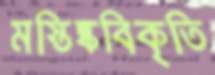
মস্তিষ্কবিকৃতি